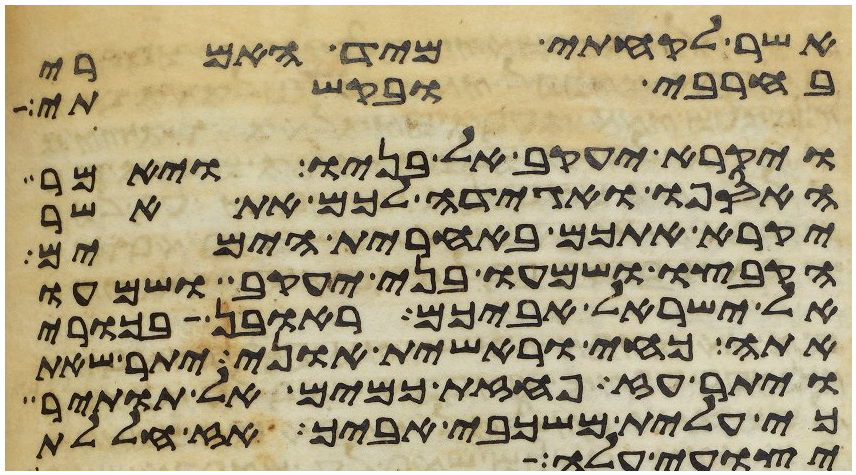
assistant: אשר לקחתי מיד האמרי
בחרבי ובקשתי
ויקרא יעקב אל בניו ויאמר
האספו ואגידה לכם את אשר
יקרא אתכם באחרית הימים
הקבצו ושמעו בני יעקב ושמעו
אל ישראל אביכם ראובן בכורי
אתה כחי וראשית אוני יתר שאת
ויתר עז פחזת כמים אל תותיר
כי עלית משכבי אביך אז חללת